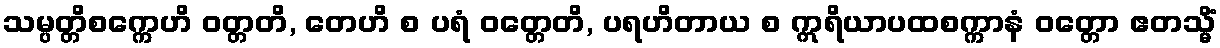
သမ္ပတ္တိစက္ကေဟိ ဝတ္တတိ, တေဟိ စ ပရံ ဝတ္တေတိ, ပရဟိတာယ စ ဣရိယာပထစက္ကာနံ ဝတ္တော ဧတသ္မိံ